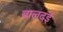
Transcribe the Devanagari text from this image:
बालदई